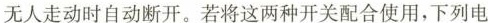
无人走动时自动断开。若将这两种开关配合使用，下列电